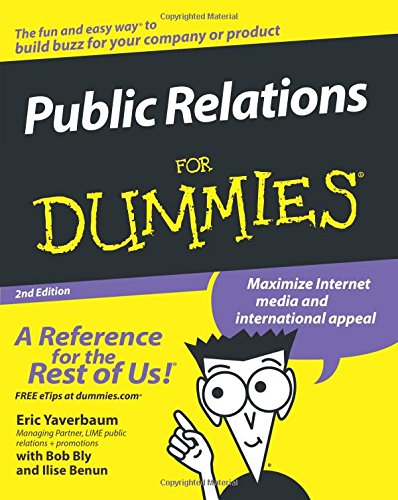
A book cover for Public Relations For Dummies; Eric Yaverbaum; Business & Money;